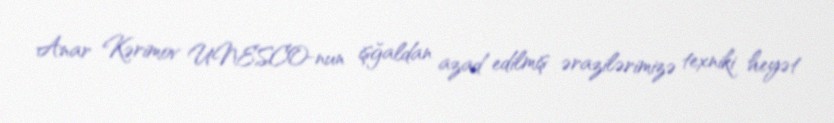
Anar Kərimov UNESCO-nun işğaldan azad edilmiş ərazilərimizə texniki heyət